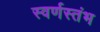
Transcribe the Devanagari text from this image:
स्वर्णस्तंभ